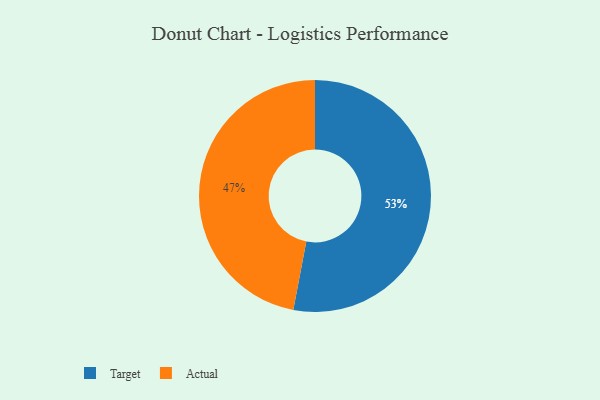
{"axis": {"x": "Category", "y": "Percentage"}, "legend": ["Actual", "Target"], "data": [{"x": "Target", "y": 53, "type": "Target"}, {"x": "Actual", "y": 47, "type": "Actual"}]}